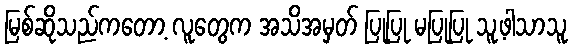
မြစ်ဆိုသည်ကတော့ လူတွေက အသိအမှတ် ပြုပြု မပြုပြု သူ့ဖါသာသူ